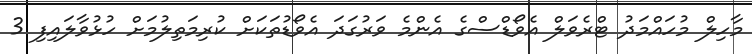
މާހިލް މުހައްމަދު ޓްރެވަލް އެވޯޑްސްގެ އެންމެ ވަރުގަދަ އެވޯޑުތަކަށް ކުރިމަތިލުމަށް ހުޅުވާލައިފި 3